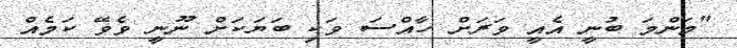
"މަންމަ ބުނީ އެއީ ވަރަށް ހާއްސަ ވަކި ބަޔަކަށް ނޫނީ ވެވޭ ކަމެއް